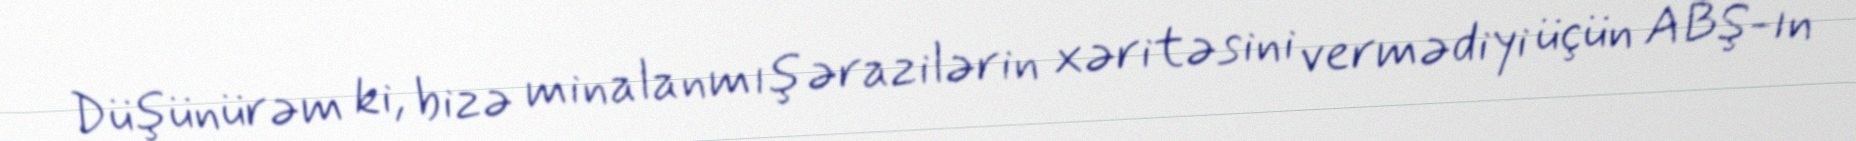
Düşünürəm ki, bizə minalanmış ərazilərin xəritəsini vermədiyi üçün ABŞ-ın